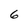
Character: 6